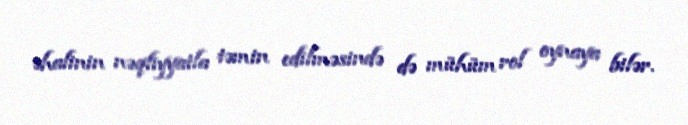
əhalinin nəqliyyatla təmin edilməsində də mühüm rol oynaya bilər.